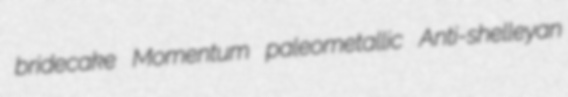
bridecake Momentum paleometallic Anti-shelleyan